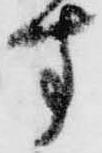
す